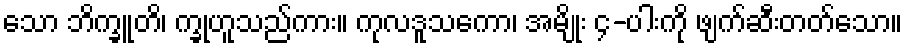
သော ဘိက္ခူတိ၊ က္ခုဟူသည်ကား။ ကုလဒူသကော၊ အမျိုး ၄-ပါးကို ဖျက်ဆီးတတ်သော။